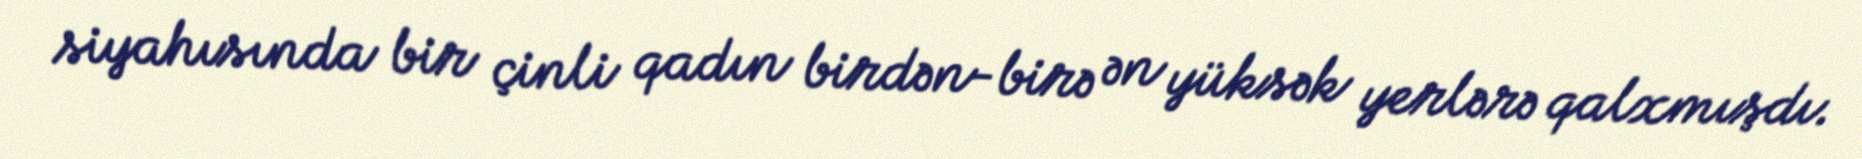
siyahısında bir çinli qadın birdən-birə ən yüksək yerlərə qalxmışdı.